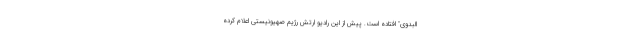
البدوی" افتاده است. پیش از این رادیو ارتش رژیم صهیونیستی اعلام کرده